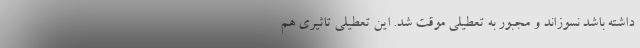
داشته باشد نسوزاند و مجبور به تعطیلی موقت شد. این تعطیلی تاثیری هم